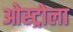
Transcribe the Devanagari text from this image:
ओस्ट्रोला